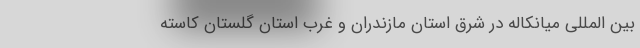
بین المللی میانکاله در شرق استان مازندران و غرب استان گلستان کاسته